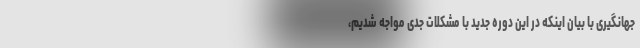
جهانگیری با بیان اینکه در این دوره جدید با مشکلات جدی مواجه شدیم،